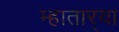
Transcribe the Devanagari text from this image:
म्हातार्‍या